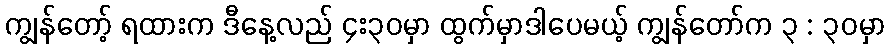
ကျွန်တော့် ရထားက ဒီနေ့လည် ၄း၃၀မှာ ထွက်မှာဒါပေမယ့် ကျွန်တော်က ၃ : ၃၀မှာ